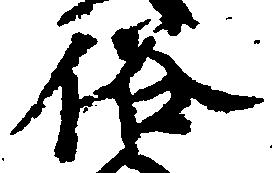
俗